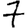
Digit: 7